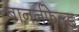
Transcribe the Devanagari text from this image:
बानर्नफ़ेल्ड